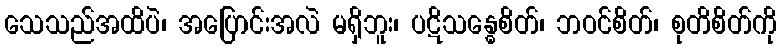
သေသည်အထိပဲ၊ အပြောင်းအလဲ မရှိဘူး၊ ပဋိသန္ဓေစိတ်၊ ဘဝင်စိတ်၊ စုတိစိတ်ကို